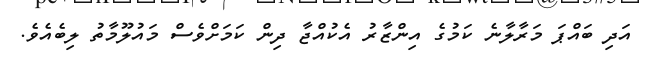
އަދި ބައްޕަ މަރާލާނެ ކަމުގެ އިންޒާރު އެކުއްޖާ ދިން ކަމަށްވެސް މައުލޫމާތު ލިބެއެވެ.